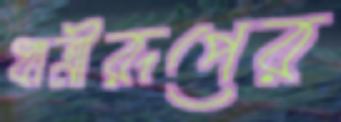
ধাত্রীরূপের